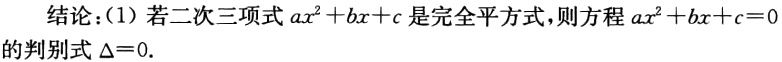
结论：(1) 若二次三项式 \(ax^{2}+bx + c\) 是完全平方式，则方程 \(ax^{2}+bx + c = 0\) 的判别式 \(\Delta = 0\).